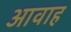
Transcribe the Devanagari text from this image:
आवाह